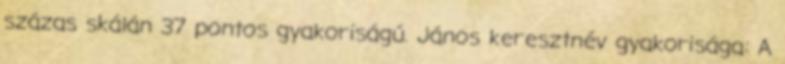
százas skálán 37 pontos gyakoriságú. János keresztnév gyakorisága: A